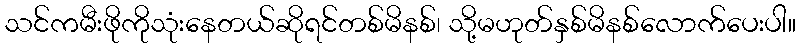
သင်ကမီးဖိုကိုသုံးနေတယ်ဆိုရင်တစ်မိနစ်၊ သို့မဟုတ်နှစ်မိနစ်လောက်ပေးပါ။